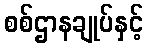
စစ်ဌာနချုပ်နှင့်